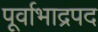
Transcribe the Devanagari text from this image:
पूर्वाभाद्रपद